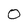
Character: 0